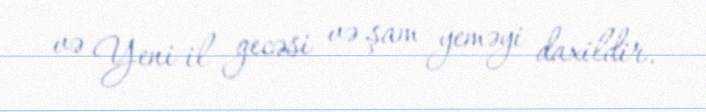
və Yeni il gecəsi və şam yeməyi daxildir.